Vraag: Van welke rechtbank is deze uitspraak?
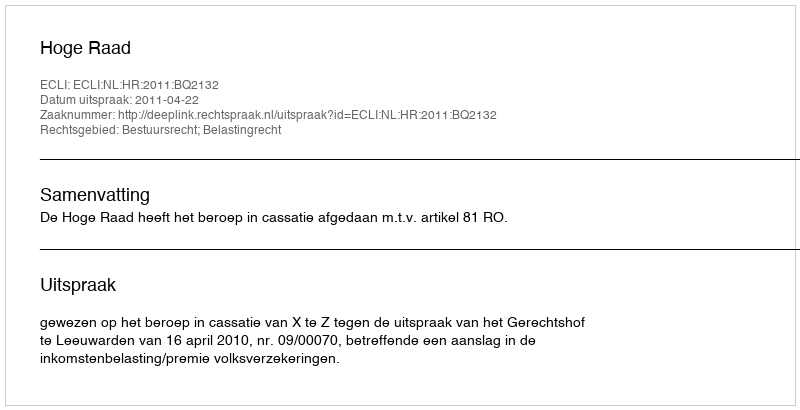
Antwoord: Hoge Raad